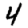
Digit: 4